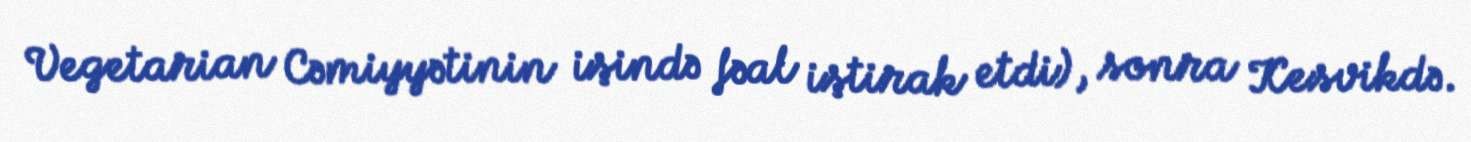
Vegetarian Cəmiyyətinin işində fəal iştirak etdi), sonra Kesvikdə.